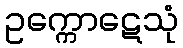
ဥက္ကောဋေသုံ